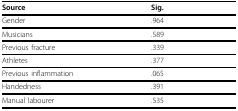
| Source | Sig. |
 | --- | --- |
 | Gender | .964 |
 | Musicians | .589 |
 | Previous fracture | .339 |
 | Athletes | .377 |
 | Previous inflammation | .065 |
 | Handedness | .391 |
 | Manual labourer | .535 |